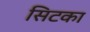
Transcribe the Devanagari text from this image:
सिटका